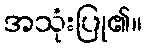
အသုံးပြု၏။